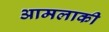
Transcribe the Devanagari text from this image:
आमलाकी